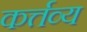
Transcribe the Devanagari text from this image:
कर्त्तव्‍य